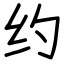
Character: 约